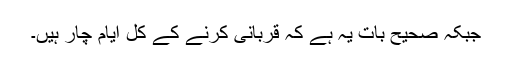
جبکہ صحیح بات یہ ہے کہ قربانی کرنے کے کل ایّام چار ہیں۔